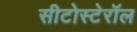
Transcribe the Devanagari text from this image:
सीटोस्टेरॉल